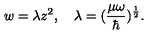
w = \lambda z ^ { 2 } , \quad \lambda = ( \frac { \mu \omega } { \hbar } ) ^ { \frac 1 2 } .